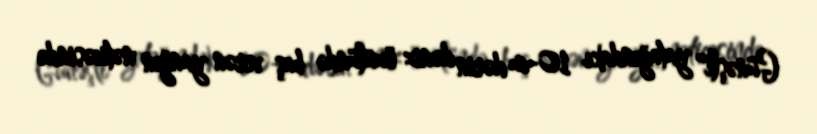
Günəşli" yatağındakı 10-cu dərin dəniz özülündə baş verən yanğın nəticəsində